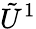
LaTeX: \tilde{U}^{1}